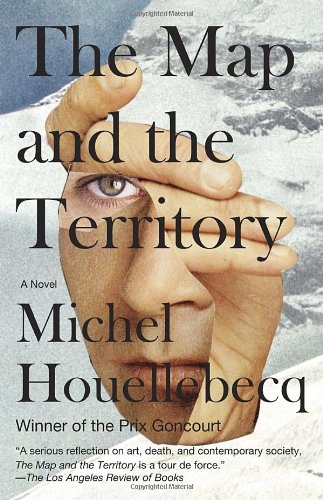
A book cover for The Map and the Territory (Vintage International); Michel Houellebecq; Literature & Fiction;